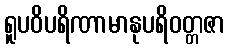
ရူပဝိပရိဏာမာနုပရိဝတ္တဇာ